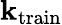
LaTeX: \mathbf{k}_{\mathrm{{train}}}